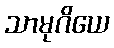
သာမုဂိယေ